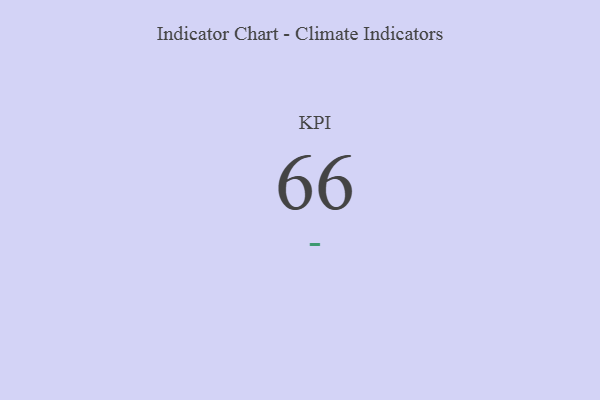
{"axis": {"x": "KPI", "y": "Value"}, "legend": [""], "data": [{"x": "KPI", "y": 66, "type": ""}]}